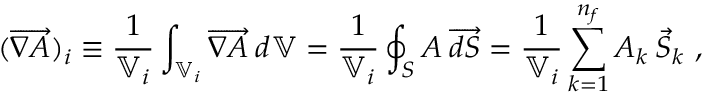
( \overrightarrow { \nabla A } ) _ { i } \equiv \frac { 1 } { \mathbb { V } _ { i } } \int _ { \mathbb { V } _ { i } } \overrightarrow { \nabla A } \: d \mathbb { V } = \frac { 1 } { \mathbb { V } _ { i } } \oint _ { S } A \: \overrightarrow { d S } = \frac { 1 } { \mathbb { V } _ { i } } \sum _ { k = 1 } ^ { n _ { f } } A _ { k } \: \vec { S } _ { k } \mathrm { ~ , ~ }